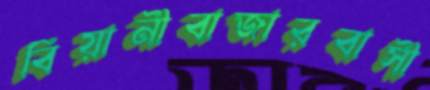
বিয়ানীবাজারবাসী